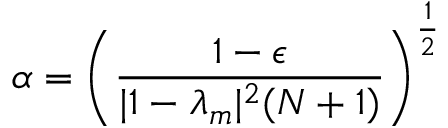
\alpha = \left( \frac { 1 - \epsilon } { | 1 - \lambda _ { m } | ^ { 2 } ( N + 1 ) } \right) ^ { \frac { 1 } { 2 } }